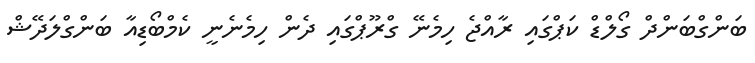
ބަންގްބަންދް ގޯލްޑް ކަޕްގައި ރާއްޖެ ހިމެނޭ ގްރޫޕްގައި ދެން ހިމެނެނީ ކެމްބޯޑިއާ ބަންގްލަދޭޝް